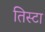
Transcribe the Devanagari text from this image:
तिस्टा